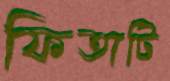
ফিতাটি